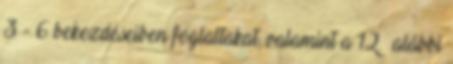
3 - 6 bekezdéseiben foglaltakat, valamint a 12.§ alábbi